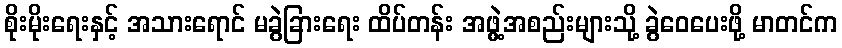
စိုးမိုးရေးနှင့် အသားရောင် မခွဲခြားရေး ထိပ်တန်း အဖွဲ့အစည်းများသို့ ခွဲဝေပေးဖို့ မာတင်က